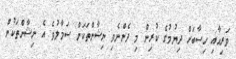
ވަރިއާއި ހިސާބަށް ދިޔުމުގެ ކުރިން މި ދެންނެވި ނިޝާންތަކަށް ސަމާލުވެ އެ ނިޝާންތަކުން